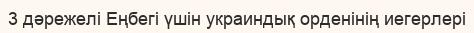
3 дәрежелі Еңбегі үшін украиндық орденінің иегерлері